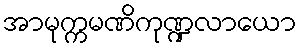
အာမုက္ကမဏိကုဏ္ဍလာယော